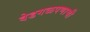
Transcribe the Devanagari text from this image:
वेडगळपणाची